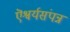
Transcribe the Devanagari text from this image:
ऎश्वर्यसंपन्न